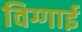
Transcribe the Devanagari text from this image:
विग्गाई